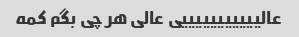
عالیییییییییییی عالی هر چی بگم کمه